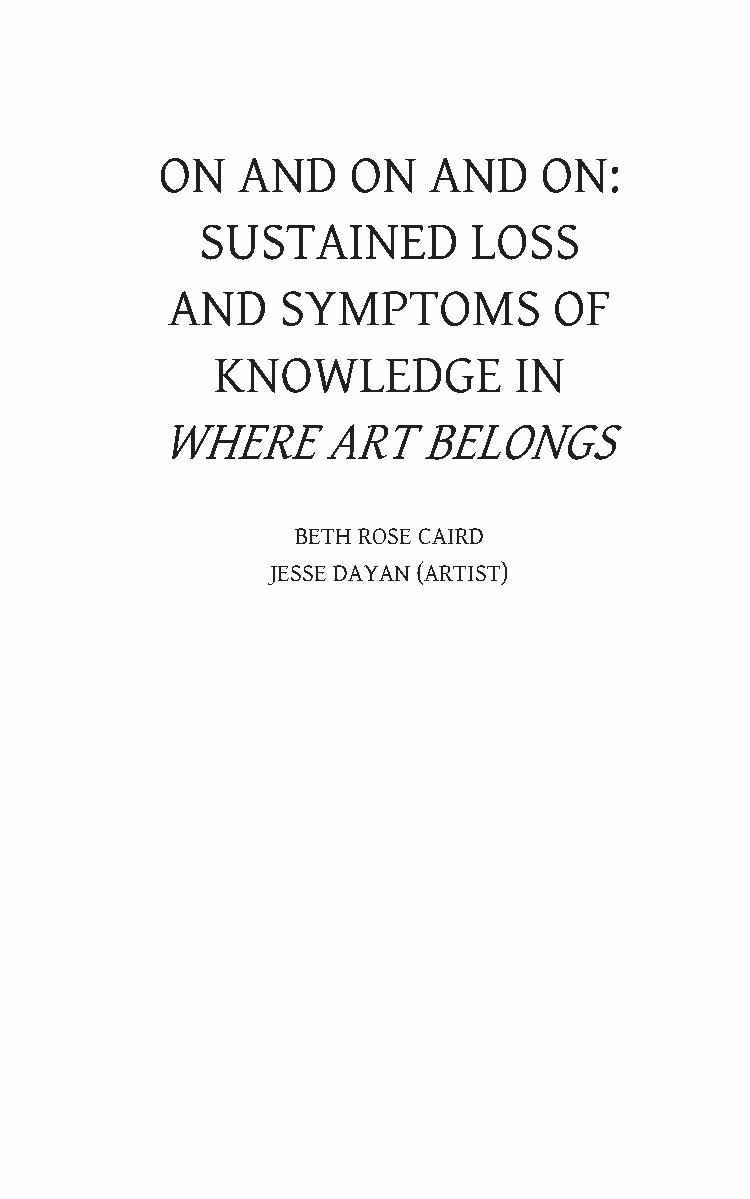
ON   AND    ON   AND     ON:
 SUSTAINED         LOSS
 AND    SYMPTOMS           OF
 KNOWLEDGE           IN
 WHERE     ART    BELONGS
 BETH ROSE CAIRD
 JESSE DAYAN (ARTIST)